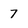
Character: 7